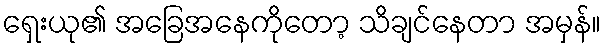
ရှေးယု၏ အခြေအနေကိုတော့ သိချင်နေတာ အမှန်။